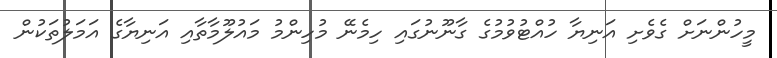
މީހުންނަށް ގެވެށި އަނިޔާ ހުއްޓުވުމުގެ ގާނޫނުގައި ހިމެނޭ މުހިންމު މައުލޫމާތާއި އަނިޔާގެ އަމަލުތަކުން